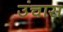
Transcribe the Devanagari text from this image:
उंचास